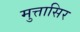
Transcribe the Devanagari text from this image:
मुत्तासिर